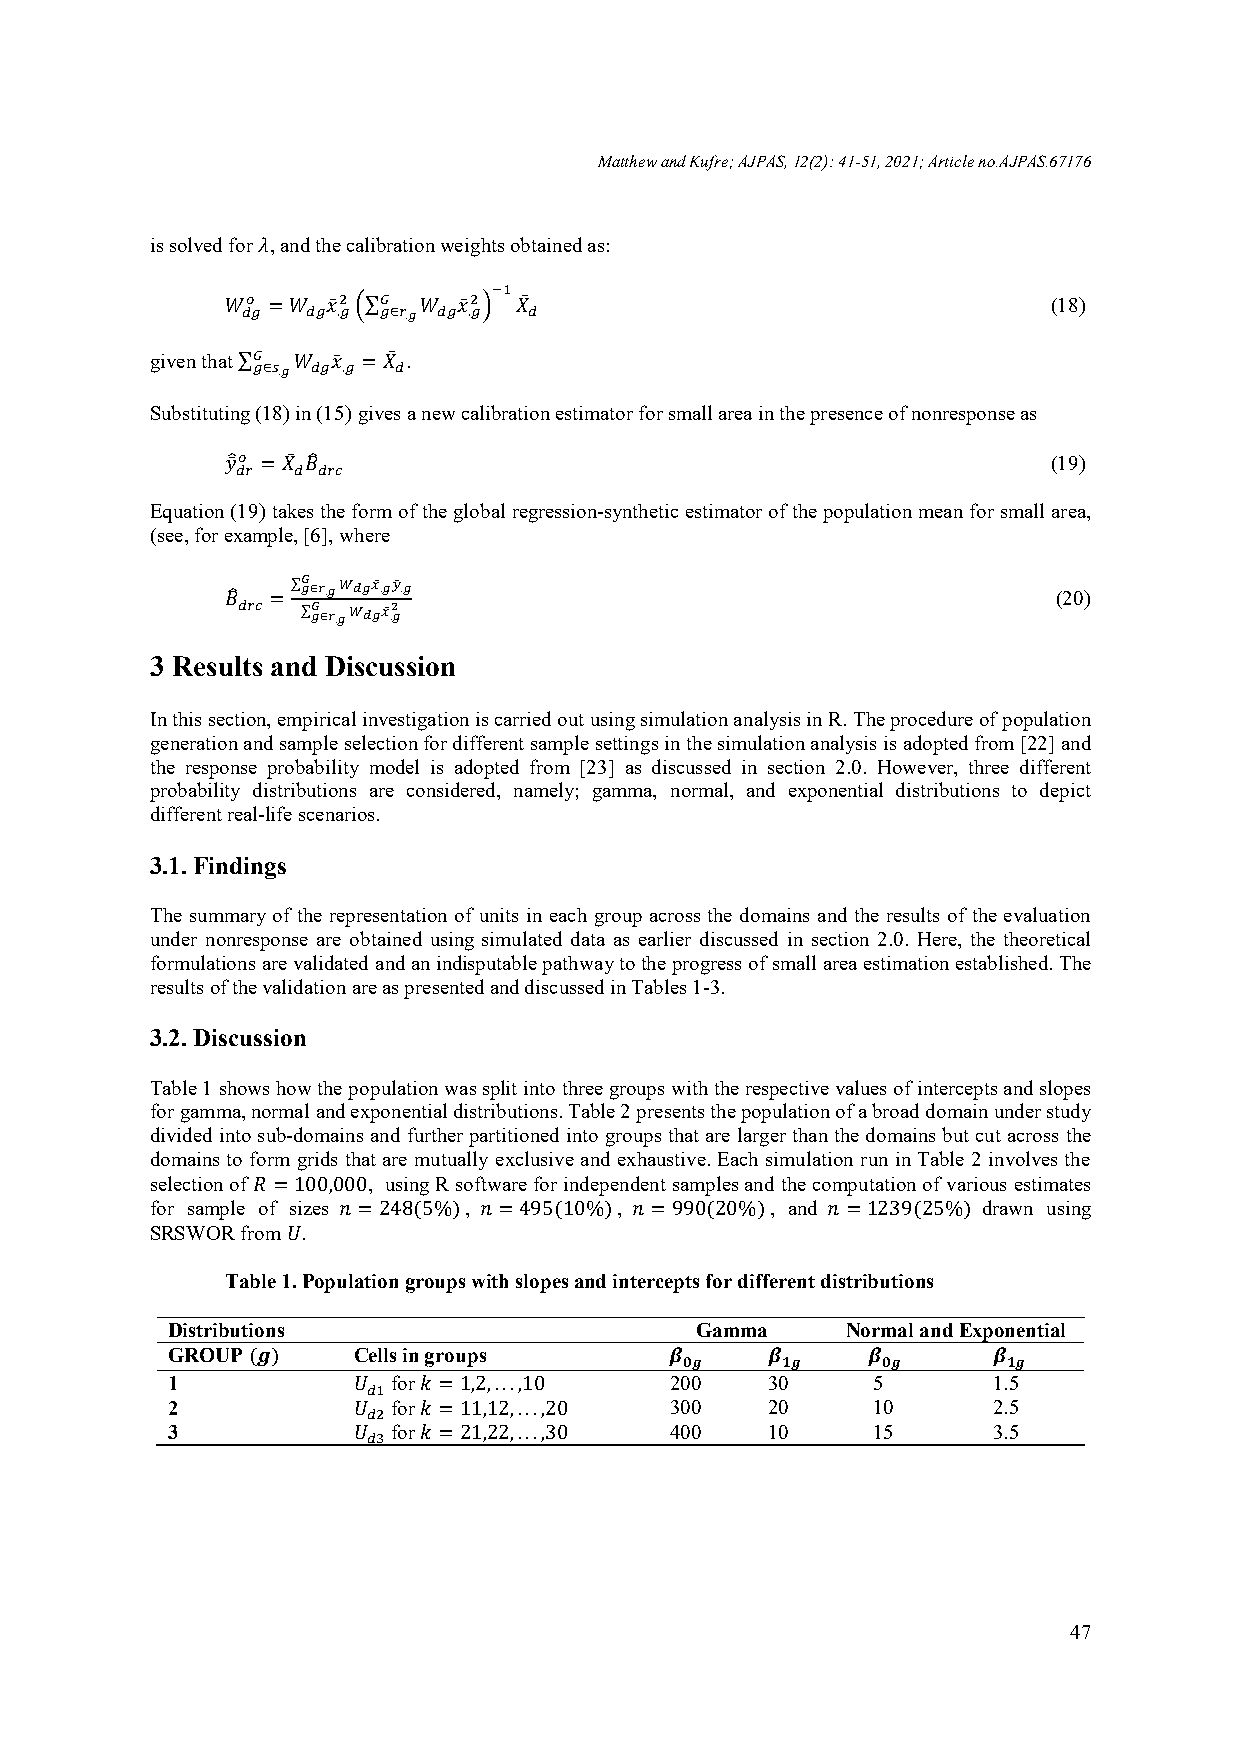
Matthew and Kufre; AJPAS, 12(2): 41-51, 2021; Article no.AJPAS.67176
 is solved for , and the calibration weights obtained as:

  =  ̄ ∑  ̄                                (18)
    . ∈.  .
 given that ∑  ̄ = .
 ∈.  .
 Substituting (18) in (15) gives a new calibration estimator for small area in the presence of nonresponse as
 ̄ =                                             (19)

 Equation (19) takes the form of the global regression-synthetic estimator of the population mean for small area,
 (see, for example, [6], where

 =∑ ∈.̄.̄.
 (20)
  ∑ ∈.̄.

 3 Results and Discussion
 In this section, empirical investigation is carried out using simulation analysis in R. The procedure of population
 generation and sample selection for different sample settings in the simulation analysis is adopted from [22] and
 the response probability model is adopted from [23] as discussed in section 2.0. However, three different
 probability distributions are considered, namely; gamma, normal, and exponential distributions to depict
 different real-life scenarios.
 3.1. Findings
 The summary of the representation of units in each group across the domains and the results of the evaluation
 under nonresponse are obtained using simulated data as earlier discussed in section 2.0. Here, the theoretical
 formulations are validated and an indisputable pathway to the progress of small area estimation established. The
 results of the validation are as presented and discussed in Tables 1-3.
 3.2. Discussion
 Table 1 shows how the population was split into three groups with the respective values of intercepts and slopes
 for gamma, normal and exponential distributions. Table 2 presents the population of a broad domain under study
 divided into sub-domains and further partitioned into groups that are larger than the domains but cut across the
 domains to form grids that are mutually exclusive and exhaustive. Each simulation run in Table 2 involves the
 selection of  =100,000, using R software for independent samples and the computation of various estimates
 for sample of sizes =248(5%),  =495(10%), =990(20%), and  =1239(25%) drawn using
 SRSWOR from .
 Table 1. Population groups with slopes and intercepts for different distributions
 Distributions                      Gamma     Normal and Exponential
 GROUP ()   Cells in groups

 1             for  =1,2,...,10 200    30     5       1.5

 2             for  =11,12,...,20 300  20     10      2.5

 3             for  =21,22,...,30 400  10     15      3.5

 47